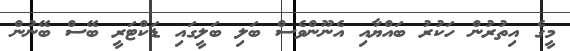
މީގެ އިތުރުން ހަކުރު ބައްޔާއި އެނޫންވެސް ބަލި ބަލީގައި ޑަކްޓަރީ ބޭސް ބޭނުން